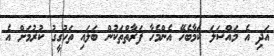
އަދި އެ މައްސަލަ ކަމާބެހޭ އެންމެހާ ފަރާތްތަކުން ބަލައި ތަހުގީގު ކުރުމަށް އެ